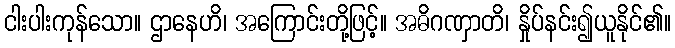
ငါးပါးကုန်သော။ ဌာနေဟိ၊ အကြောင်းတို့ဖြင့်။ အဓိဂဏှာတိ၊ နှိုပ်နင်း၍ယူနိုင်၏။